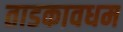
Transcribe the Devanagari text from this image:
ताडकावधम